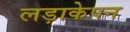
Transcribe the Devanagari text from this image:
लड़ाकेपन